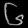
Digit: ၆